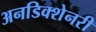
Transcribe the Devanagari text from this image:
अनडिक्शेनरी